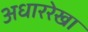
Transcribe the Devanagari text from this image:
अधाररेखा